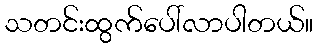
သတင်းထွက်ပေါ်လာပါတယ်။